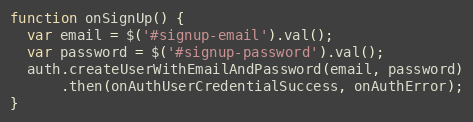
Language: JavaScript
function onSignUp() {
  var email = $('#signup-email').val();
  var password = $('#signup-password').val();
  auth.createUserWithEmailAndPassword(email, password)
      .then(onAuthUserCredentialSuccess, onAuthError);
}